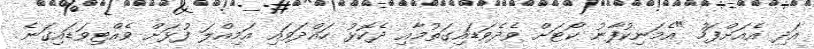
އަދި އެއަށްފަހު "އެމަނިކުފާނު ކޯޓަށް ވެދެވަޑައިގަތުމާއި ދެކޮޅު ހައްދަވައި އަމިއްލަ ފުޅަށް ވެއްޓިވަޑައިގަނެ